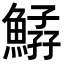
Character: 𩹆